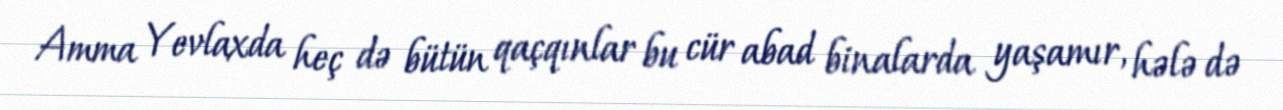
Amma Yevlaxda heç də bütün qaçqınlar bu cür abad binalarda yaşamır, hələ də